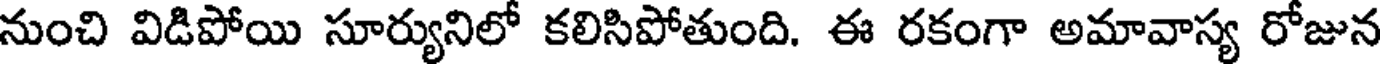
నుంచి విడిపోయి సూర్యునిలో కలిసిపోతుంది. ఈ రకంగా అమావాస్య రోజున